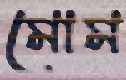
মোম